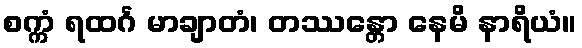
စက္ကံ ရထင်္ဂ မာချာတံ၊ တဿန္တော နေမိ နာရိယံ။